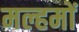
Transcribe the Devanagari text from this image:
मल्हमों